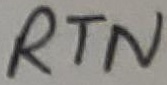
Text: RTN